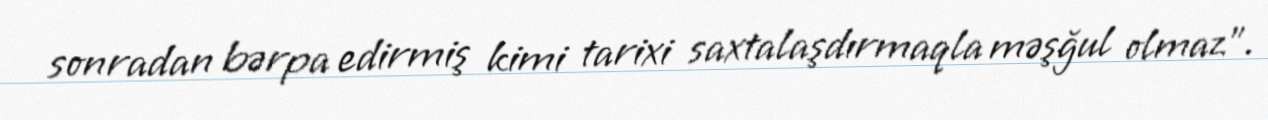
sonradan bərpa edirmiş kimi tarixi saxtalaşdırmaqla məşğul olmaz".